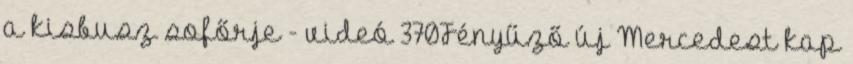
a kisbusz sofőrje - videó 370Fényűző új Mercedest kap